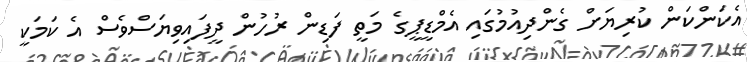
އެކަންކަން ކުރިޔަށް ގެންދިއުމުގައި އެމްޑީޕީގެ މަތީ ފަޑިން ރުހުން ދީފައިވިޔަސްވެސް އެ ކަމަކީ